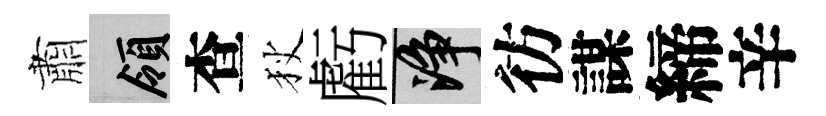
肅領查狄虧净彷謀締辛